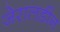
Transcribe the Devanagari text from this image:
जेरालडीन